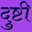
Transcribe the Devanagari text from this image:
दुष्टी